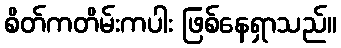
စိတ်ကတိမ်းကပါး ဖြစ်နေရှာသည်။